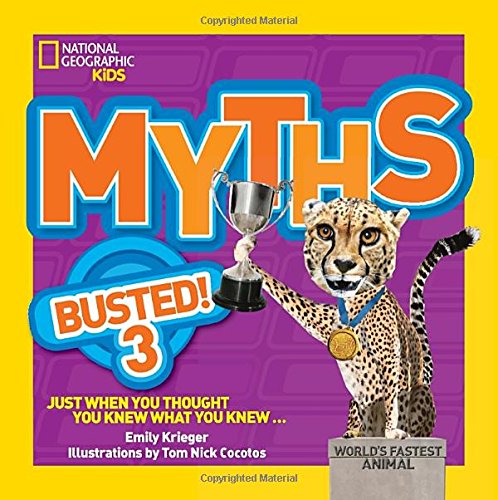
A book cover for Myths Busted! 3: Just When You Thought You Knew What You Knew; Emily Krieger; Children's Books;